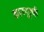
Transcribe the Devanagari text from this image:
कानपूरची